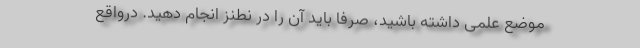
موضع علمی داشته باشید، صرفاً‌ باید آن را در نطنز انجام دهید. درواقع